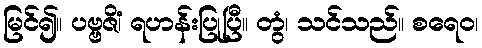
မြင်၍။ ပဗ္ဗဇိံ၊ ရဟန်းပြုပြီ။ တွံ၊ သင်သည်။ စရေဝ၊